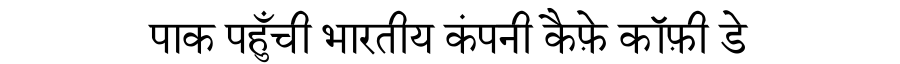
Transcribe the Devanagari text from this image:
पाक पहुँची भारतीय कंपनी कैफ़े कॉफ़ी डे